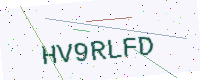
Text: HV9RLFD